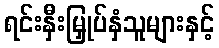
ရင်းနှီးမြှုပ်နှံသူများနှင့်